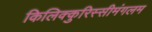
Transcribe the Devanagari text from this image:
किलिक्कुरिस्सीमंगलम